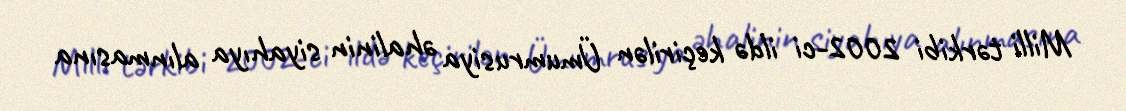
Milli tərkibi 2002-ci ildə keçirilən Ümumrusiya əhalinin siyahıya alınmasına